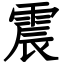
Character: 震